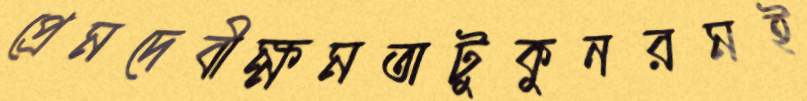
প্রেমদেবীক্ষমতাটুকুনরমই